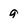
Character: 9